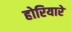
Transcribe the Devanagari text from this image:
होरियारे